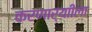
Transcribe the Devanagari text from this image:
करणार्याीला